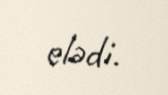
elədi.